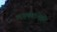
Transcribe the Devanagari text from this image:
लक्ष्मणानेही